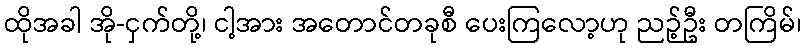
ထိုအခါ အို-ငှက်တို့၊ ငါ့အား အတောင်တခုစီ ပေးကြလော့ဟု ညဉ့်ဦး တကြိမ်၊